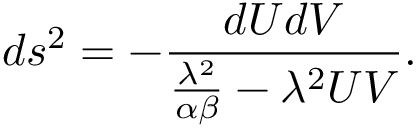
d s ^ { 2 } = - \frac { d U d V } { \frac { \lambda ^ { 2 } } { \alpha \beta } - { \lambda ^ { 2 } } U V } .